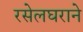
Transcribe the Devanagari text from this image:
रसेलघराने